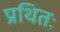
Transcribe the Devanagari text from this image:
प्रथितः